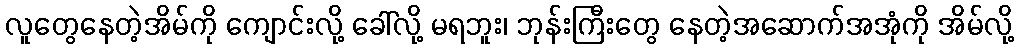
လူတွေနေတဲ့အိမ်ကို ကျောင်းလို့ ခေါ်လို့ မရဘူး၊ ဘုန်းကြီးတွေ နေတဲ့အဆောက်အအုံကို အိမ်လို့